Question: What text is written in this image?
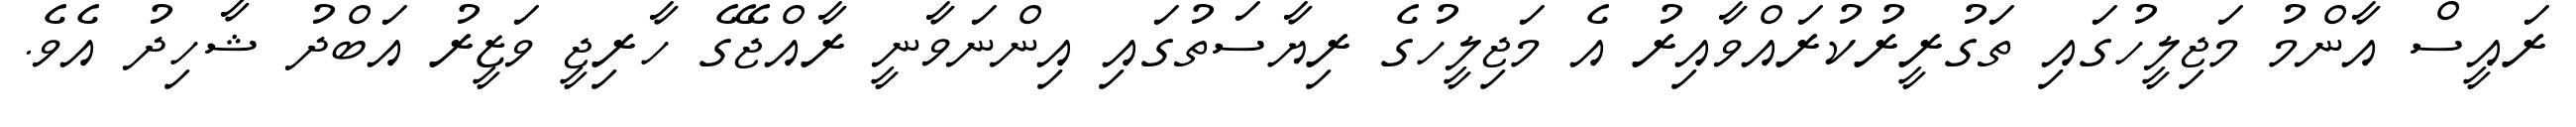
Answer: ރައީސް އާންމު މަޖިލީހުގައި ތަގުރީރުކުރައްވާއިރު އެ މަޖިލީހުގެ ރިޔާސަތުގައި އިންނަވާނީ ރާއްޖޭގެ ހާރިޖީ ވަޒީރު އަބްދު ޝާހިދު އެވެ.